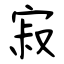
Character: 寂